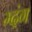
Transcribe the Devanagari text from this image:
म्दंग